Document type: Sale
Year: 1461
Scribe: [Unknown]
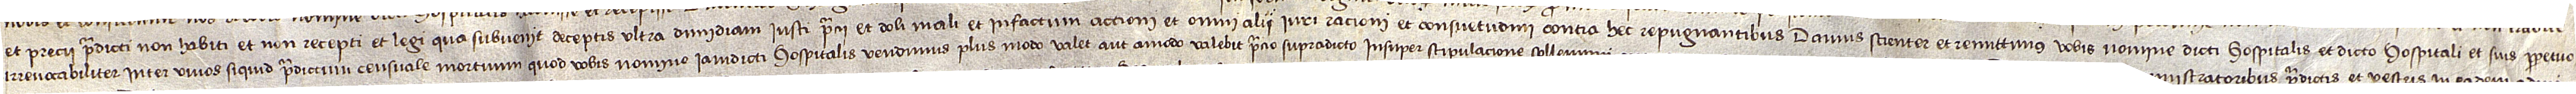
et precii predicti non habiti et non recepti, et legi qua subvenit deceptis ultra dimidiam iusti precii, et doli mali, et infactum accioni, et omni alii iuri, racioni et consuetudini contra hec repugnantibus, damus scienter et remittimus vobis nomine dicti hospitalis et dicto hospitali et suis perpetuo